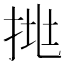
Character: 𢬹